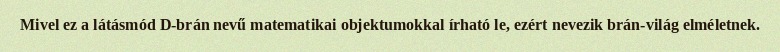
Mivel ez a látásmód D-brán nevű matematikai objektumokkal írható le, ezért nevezik brán-világ elméletnek.